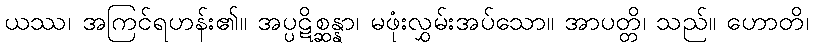
ယဿ၊ အကြင်ရဟန်း၏။ အပ္ပဋိစ္ဆန္နာ၊ မဖုံးလွှမ်းအပ်သော။ အာပတ္တိ၊ သည်။ ဟောတိ၊